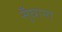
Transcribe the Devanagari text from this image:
सुँघाना